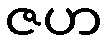
ဇဟ